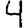
Digit: 4